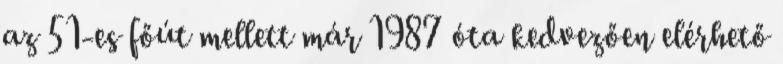
az 51-es főút mellett már 1987 óta kedvezően elérhető